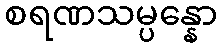
စရဏသမ္ပန္နော